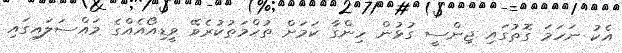
އެކު ނަހަމަ ގޮތުގައި ޖިންސީ ގުޅުން ހިންގާ ކަމަށް ތުހްމަތުކުރެވޭ ވީޑިއޯއެއްގެ މައްސަލައިގައި